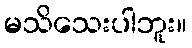
မသိသေးပါဘူး။